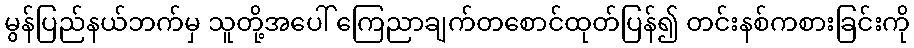
မွန်ပြည်နယ်ဘက်မှ သူတို့အပေါ် ကြေညာချက်တစောင်ထုတ်ပြန်၍ တင်းနစ်ကစားခြင်းကို